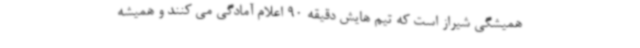
همیشگی شیراز است که تیم هایش دقیقه 90 اعلام آمادگی می کنند و همیشه